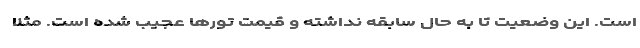
است. این وضعیت تا به حال سابقه نداشته و قیمت تورها عجیب شده است. مثلا